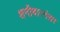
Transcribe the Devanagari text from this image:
शनीवारनंतर